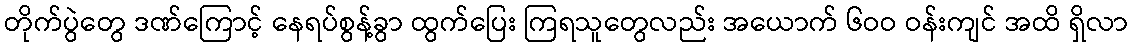
တိုက်ပွဲတွေ ဒဏ်ကြောင့် နေရပ်စွန့်ခွာ ထွက်ပြေး ကြရသူတွေလည်း အယောက် ၆ဝဝ ဝန်းကျင် အထိ ရှိလာ